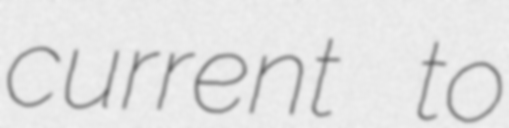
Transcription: current to